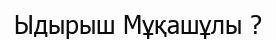
Ыдырыш Мұқашұлы ?